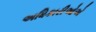
અધિકારીઓએ